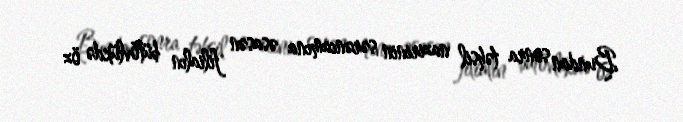
Bundan sonra təhsil nazirinin sərəncamına əsasən filialın bütövlükdə öz